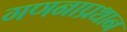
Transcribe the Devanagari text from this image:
गणनाप्रधान